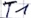
Text: T1